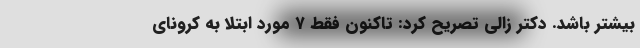
بیشتر باشد. دکتر زالی تصریح کرد: تاکنون فقط ۷ مورد ابتلا به کرونای